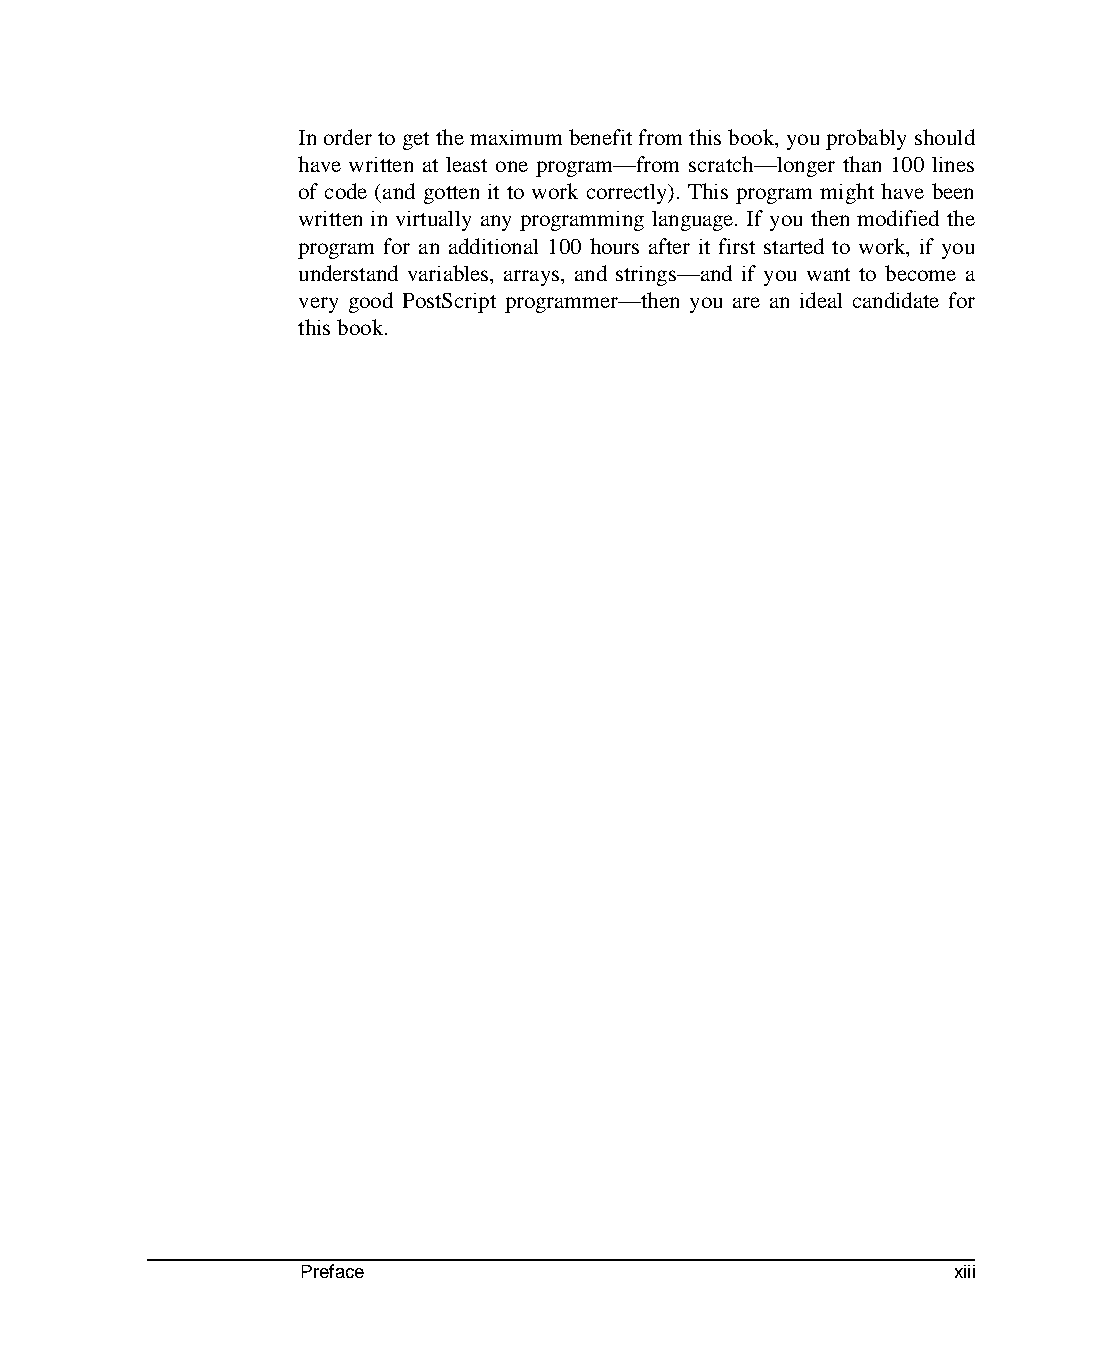
In order to get the maximum benefit from this book, you probably should
 have written at least one program—from scratch—longer than 100 lines
 of code (and gotten it to work correctly). This program might have been
 written in virtually any programming language. If you then modified the
 program for an additional 100 hours after it first started to work, if you
 understand variables, arrays, and strings—and if you want to become a
 very good PostScript programmer—then you are an ideal candidate for
 this book.
 Preface                                    xiii